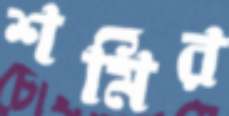
শর্মির